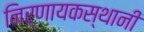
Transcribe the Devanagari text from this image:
निर्णायकस्थानी